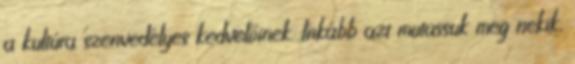
a kultúra szenvedélyes kedvelőinek. Inkább azt mutassuk meg nekik,